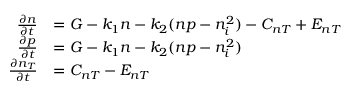
\begin{array} { r l } { \frac { \partial n } { \partial t } } & { = G - k _ { 1 } n - k _ { 2 } ( n p - n _ { i } ^ { 2 } ) - C _ { n T } + E _ { n T } } \\ { \frac { \partial p } { \partial t } } & { = G - k _ { 1 } n - k _ { 2 } ( n p - n _ { i } ^ { 2 } ) } \\ { \frac { \partial n _ { T } } { \partial t } } & { = C _ { n T } - E _ { n T } } \end{array}